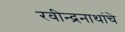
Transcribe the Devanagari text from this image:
रवीन्द्रनाथांचे